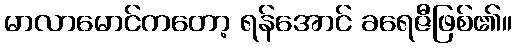
မာလာမောင်ကတော့ ရန်အောင် ခရေဇီဖြစ်၏။